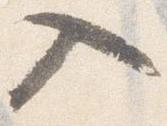
入